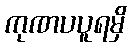
ကုဏပပူရမှိ